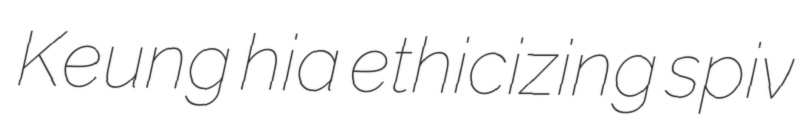
Keung hia ethicizing spiv